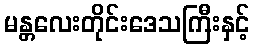
မန္တလေးတိုင်းဒေသကြီးနှင့်